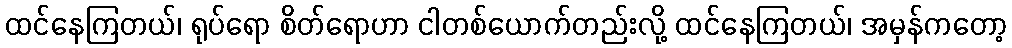
ထင်နေကြတယ်၊ ရုပ်ရော စိတ်ရောဟာ ငါတစ်ယောက်တည်းလို့ ထင်နေကြတယ်၊ အမှန်ကတော့